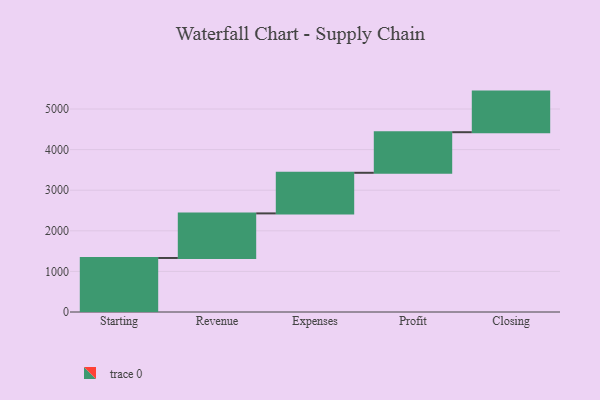
{"axis": {"x": "Step", "y": "Value"}, "legend": [""], "data": [{"x": "Starting", "y": 1331.0, "type": ""}, {"x": "Revenue", "y": 1098.0, "type": ""}, {"x": "Expenses", "y": 1000, "type": ""}, {"x": "Profit", "y": 1000, "type": ""}, {"x": "Closing", "y": 1000, "type": ""}]}